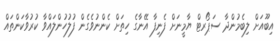
އިބޫއަށް ލިބެމުންދާ ސަޕޯރޓް ޔާމީނަށް ފެނިފާ އޭނާގެ ހިތަށް ކެންނުވެގެން ފުލުހުންލައްވާ ކުރުވާކަންތައް